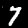
Digit: 7